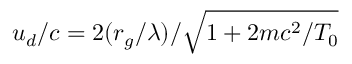
u _ { d } / c = 2 ( r _ { g } / \lambda ) / \sqrt { 1 + 2 m c ^ { 2 } / T _ { 0 } }